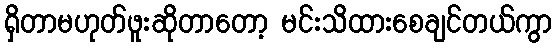
ရှိတာမဟုတ်ဖူးဆိုတာတော့ မင်းသိထားစေချင်တယ်ကွာ